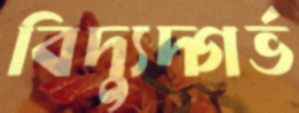
বিদ্যুদ্গর্ভ